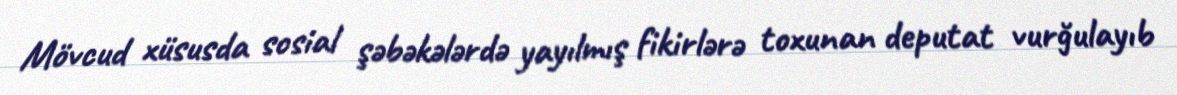
Mövcud xüsusda sosial şəbəkələrdə yayılmış fikirlərə toxunan deputat vurğulayıb